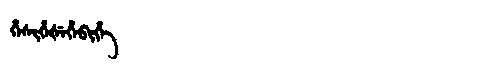
Manchu: ᡥᡝᠰᡳᡥᡝᡧᡝᡥᡝᠪᡳᡥᡝ
Romanization: HESIHEŠEHEBIHE